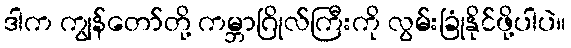
ဒါက ကျွန်တော်တို့ ကမ္ဘာဂြိုလ်ကြီးကို လွမ်းခြုံနိုင်ဖို့ပါပဲ။